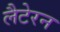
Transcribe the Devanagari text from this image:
लैटेरन